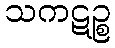
သကဋဉ္စ